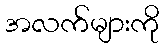
အလက်များကို